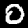
Digit: 0